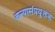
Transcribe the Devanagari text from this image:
कन्यासंप्रयु्क्तक